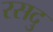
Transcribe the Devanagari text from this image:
रसदु